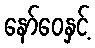
နော်ဝေနှင့်